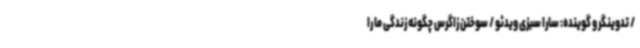
/ تدوینگر و گوینده: سارا سبزی ویدئو / سوختن زاگرس چگونه زندگی ما را